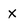
Character: X